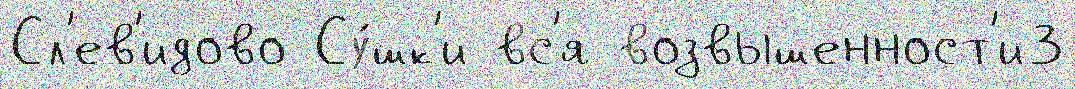
Сл'ев'идово Су́шк'и вс'я возвышенност'и3